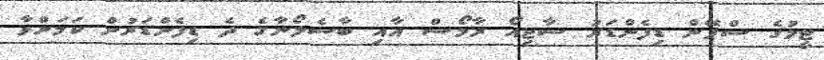
ޓީމުގެ ސްޕޭން ޑިފެންޑަރު ސާޖިއޯ ރާމޯސް އާއި ބާސެލޯނާގެ ދެ ޑިފެންޑަރުން ކަމަށްވާ